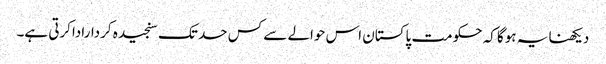
دیکھنا یہ ہوگا کہ حکومت پاکستان اس حوالے سے کس حد تک سنجیدہ کرداراداکرتی ہے۔